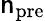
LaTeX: \mathsf{n}_{\mathrm{{pre}}}